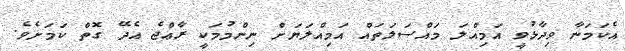
އެކަމަނާ ވިދާޅުވީ އަމިއްލަ މައްސަލަތައް އަމިއްލަޔަށް ނިންމުމަކީ ރާޢްޖެ އެދޭ ގޮތް ކަމަށެވެ.